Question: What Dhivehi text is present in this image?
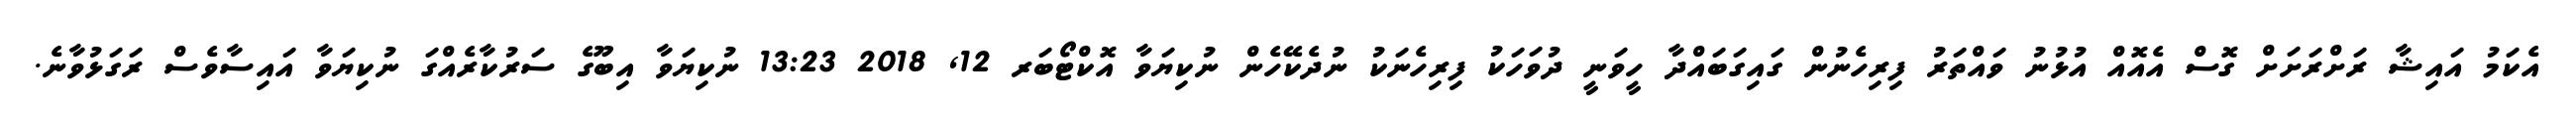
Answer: އެކަމު އައިޝާ ރަށްރަށަށް ގޮސް އެއޮއް އުޅުނު ވައްތަރު ފިރިހެނުން ގައިގަބައްދާ ހީވަނީ ދުވަހަކު ފިރިހެނަކު ނުދެކޭހެން ނުކިޔަވާ އޮކްޓޯބަރ 12, 2018 13:23 ނުކިޔަވާ އިބޫގެ ސަރުކާރެއްގަ ނުކިޔަވާ އައިސާވެސް ރަގަޅުވާނެ.